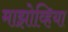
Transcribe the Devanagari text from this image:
माझोव्हिया